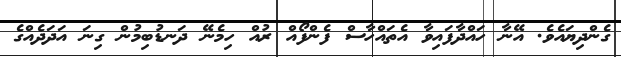
ގެންދިޔައެވެ. އޭނާ ހައްދާފައިވާ އެތައްހާސް ފެންފޯއް ރުއް ހިމެނޭ ދަނޑުބިމުން ގިނަ އަދަދެއްގެ